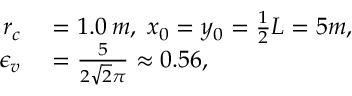
\begin{array} { r l } { r _ { c } } & { { } = 1 . 0 \: m , \; x _ { 0 } = y _ { 0 } = \frac { 1 } { 2 } L = 5 m , \; } \\ { \epsilon _ { v } } & { { } = \frac { 5 } { 2 \sqrt { 2 } \pi } \approx 0 . 5 6 , } \end{array}